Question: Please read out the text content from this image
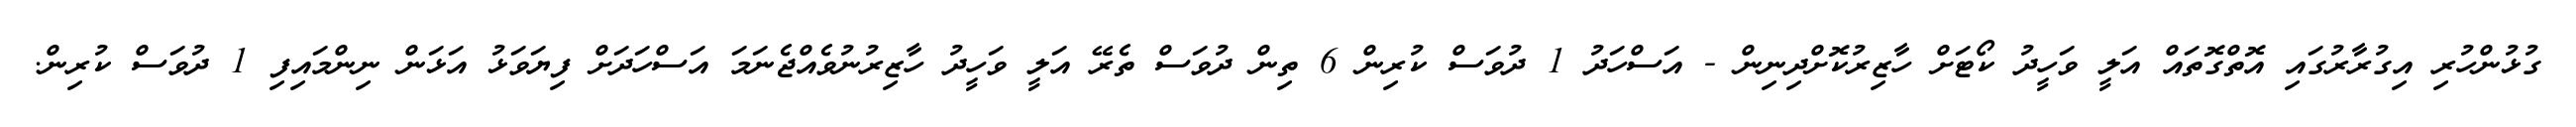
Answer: ގުޅުންހުރި އިގުރާރުގައި އޮތްގޮތައް އަލީ ވަހީދު ކޯޓަށް ހާޒިރުކޮށްދިނިން - އަސްހަދު 1 ދުވަސް ކުރިން 6 ތިން ދުވަސް ތެރޭ އަލީ ވަހީދު ހާޒިރުނުވެއްޖެނަމަ އަސްހަދަށް ފިޔަވަޅު އަޅަން ނިންމައިފި 1 ދުވަސް ކުރިން.